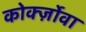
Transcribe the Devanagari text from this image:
कोर्क्ज़ोवा